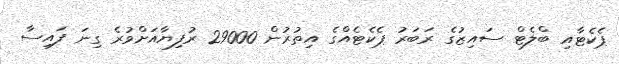
ޕެކެޓާއި ބްލެޓް ސައިޒުގެ ރަބަރު ޕެކެޓެއްގެ އިތުރުން 29000 ރުފިޔާއަށްވުރެ ގިނަ ފައިސާ